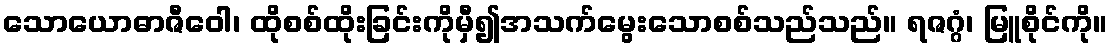
သောယောဓာဇီဝေါ၊ ထိုစစ်ထိုးခြင်းကိုမှီ၍အသက်မွေးသောစစ်သည်သည်။ ရဇဂ္ဂံ၊ မြူစိုင်ကို။